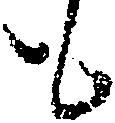
も